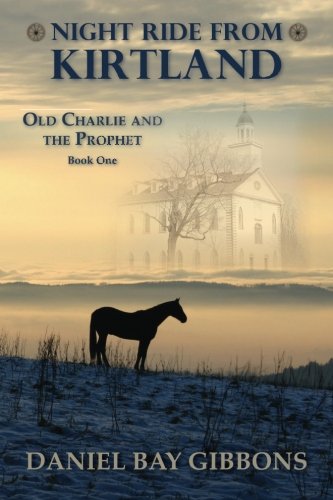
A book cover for Night Ride from Kirtland (Old Charlie and the Prophet) (Volume 1); Daniel Bay Gibbons; Religion & Spirituality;